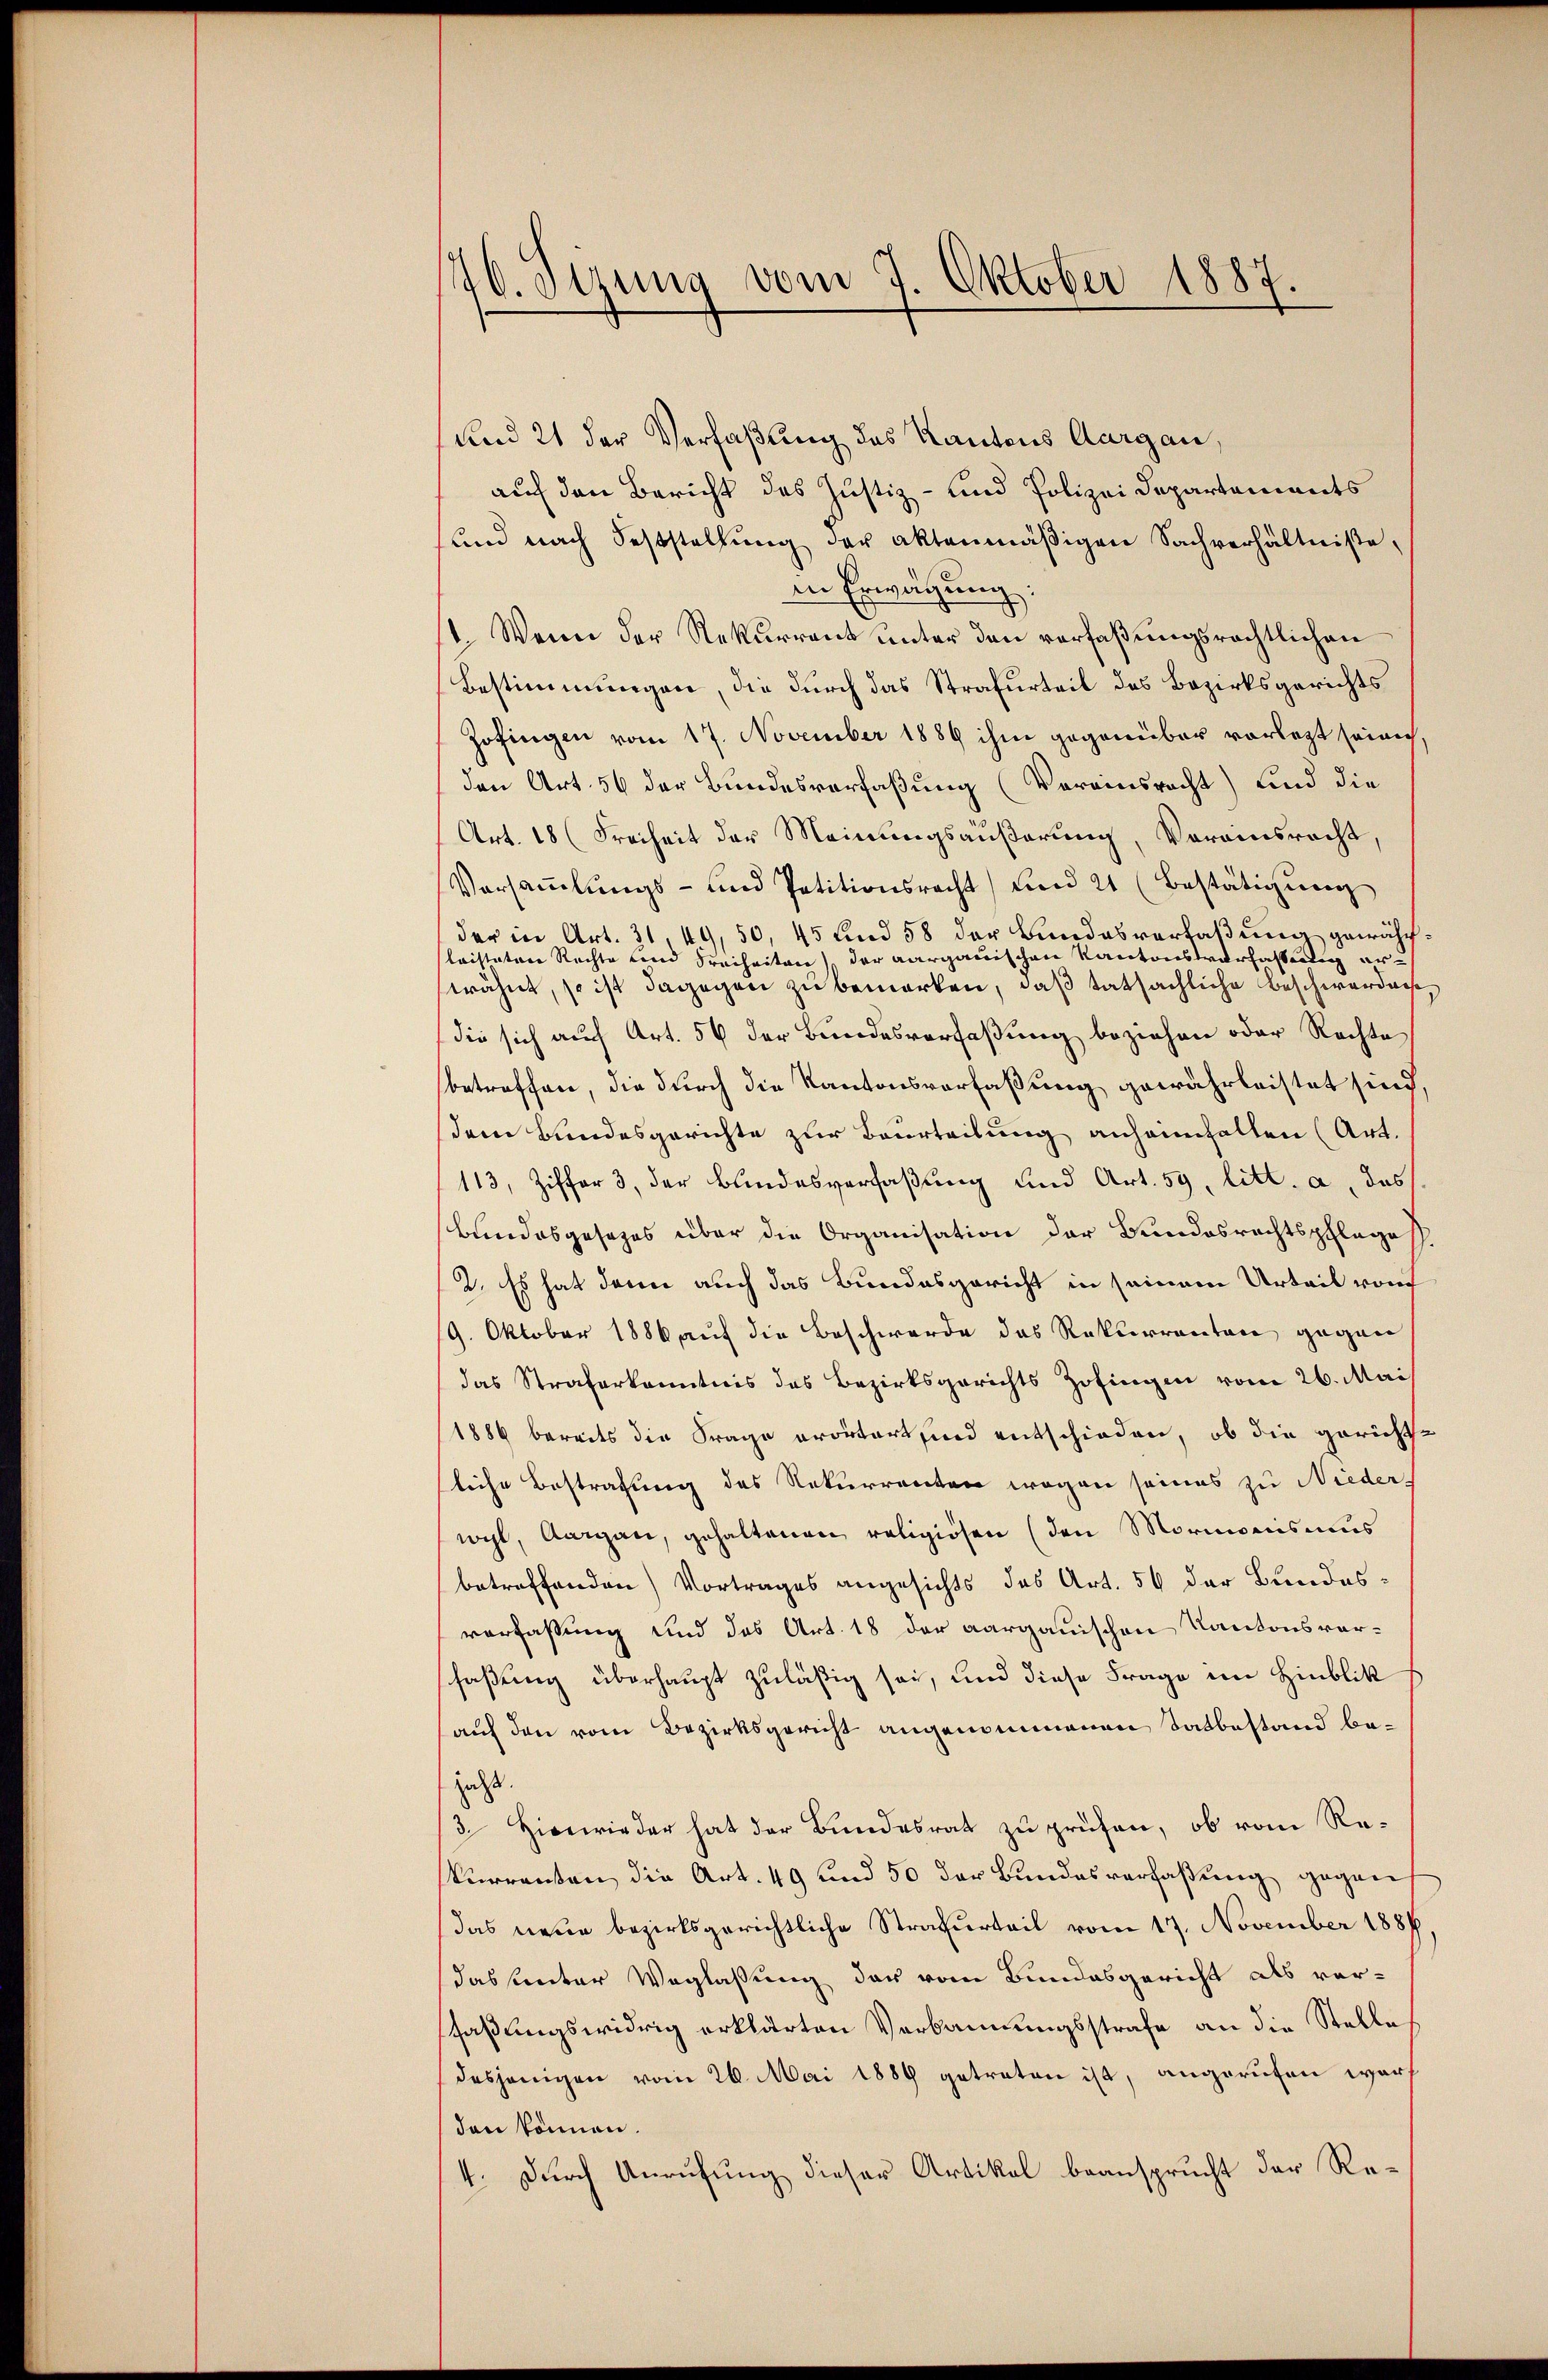
76. Sizung vom 7. Oktober 1887.

und 21 der Verfaßung des Kantons Aargau,
auf den Bericht des Justiz- und Polizei Departements
und nach Feststellŭng der aktenmäßigen Sachverhältniße,
in Erwägung:
1. Wenn der Rekurrent unter den verfaßungsrechtlichen
Bestimmungen, die durch das Strafurteil des Bezirksgerichts
Zofingen vom 17. November 1886 ihm gegenüber vorlegt selich,
den Art. 56 der Bundesverfaßung (Vereinsrecht) und die
Art. 18 (Freiheit der Meinungsäußerung, Vorainsrecht
Versaṁlŭngs- und Petitionsrecht) und 21 (Bestätigung
der in Art. 31, 49, 50, 45 und 58 der Bundesverfaßung gewährleisteten Rechte und Freiheiten der aargauischen Kantonsverfassung erwähnt, so ist dagegen zu bemerken, daß tatsächliche Beschwerdnis,
(die sich auch Art. 56 der Bundesverfaßung beziehen oder Rechte
betreffen, die durch die Kantonsverfaßung gewährleistet sind.
dem Bundesgerichte zur Beurteilung anheimfallen (Art.
113, Ziffer 3, der Bundesverfaßung und Art. 59, litt. a, das
Bundesgesezes über die Organisation der Bundesrechtspfleges.
2. Es hat dann auch das Bundesgericht in seinem Urteil von
9. Oktober 1886 auf die Beschwerde das Rekurrenten gegen
das Straferkanntnis des Bezirksgerichts Zofingen vom 26. Mai
1886 bereits die Frage erörtert sind entschieden, ob die gerichtsliche Bestrafung des Rekurrenten wegen seines zu Nieders
wyl, Aargau, gehaltenen religiösen (den Morigensaus
betreffenden Vortrages angesichts das Art. 56 der Bundesverfassung und das Art. 18 der aargauischen Kantonsvorsfaßung überhaupt zuläßig sei, und diese Frage im Hinblik
auf den vom Bezirksgericht angenommenen Tatbestand bejaht.
3. Hierwieder hat der Bundesrat zu prüfen, ob vom Rekurrenten die Art. 49 und 50 der Bundesverfaßung gegen
das neue bezirksgerichtliche Strafurteil vom 17. November 1886
das sunter Weglassung des vom Bundesgericht als vor-
faßungswidrig erklärten Verbannungsstrafe an die Stelle
desjenigen vom 26. Mai 1889 getreten ist, angerufen warf
den können.
4. Durch Anrufung dieser Artikel beansprucht der Re¬